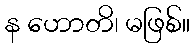
န ဟောတိ၊ မဖြစ်။